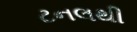
ટનલથી